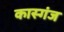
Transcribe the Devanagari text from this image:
कास्गंज